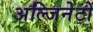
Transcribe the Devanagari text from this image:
अल्जिनेटों